Scientific memoirs by medical officers of the Army of India - Part VIII,
Year: 1894
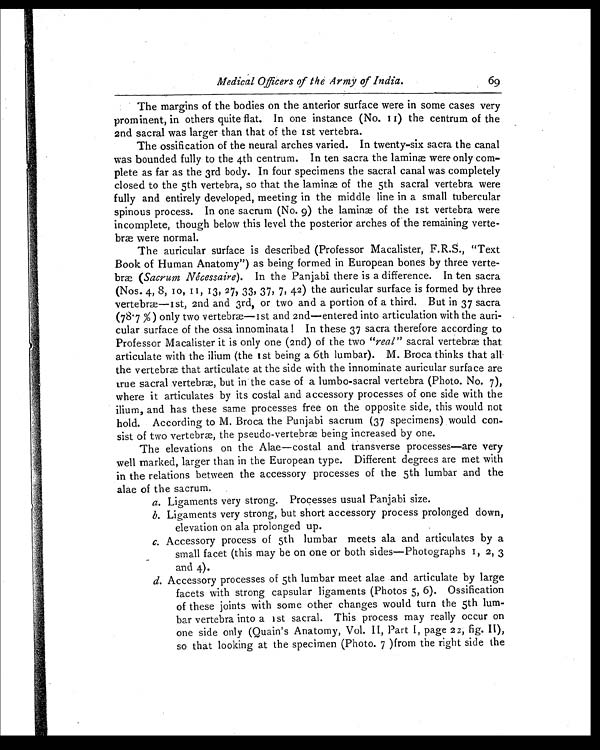
Medical Officers of Me Army of India.
69
The margins of the bodies on the anterior surface were in some cases very
prominent, in others quite flat. In one instance (No. 11) the centrum of the
2nd sacral was larger than that of the 1st vertebra.
The ossification of the neural arches varied. In twenty-six sacra the canal
was bounded fully to the 4th centrum. In ten sacra the laminæ were only com-
plete as far as the 3rd body. In four specimens the sacral canal was completely
closed to the 5th vertebra, so that the laminæ of the 5th sacral vertebra were
fully and entirely developed, meeting in the middle line in a small tubercular
spinous process. In one sacrum (No. 9) the laminæ of the 1st vertebra were
incomplete, though below this level the posterior arches of the remaining verte-
bræ were normal.
The auricular surface is described (Professor Macalister, F.R.S., "Text
Book of Human Anatomy") as being formed in European bones by three verte-
brae ( Sacrum Nécessaire ). In the Panjabi there is a difference. In ten sacra
(Nos. 4, 8, 10, 11, 13, 27, 33, 37, 7, 42) the auricular surface is formed by three
vertebræ—1st, 2nd and 3rd, or two and a portion of a third. But in 37 sacra
(78.7 %) only two vertebr—1st and 2nd—entered into articulation with the auri-
cular surface of the ossa innominata! In these 37 sacra therefore according to
Professor Macalister it is only one (2nd) of the two "real" sacral vertebræ that
articulate with the ilium (the 1st being a 6th lumbar). M. Broca thinks that all
the vertebræ that articulate at the side with the innominate auricular surface are
true sacral vertebrae, but in the case of a lumbo-sacral vertebra (Photo. No. 7),
where it articulates by its costal and accessory processes of one side with the
ilium, and has these same processes free on the opposite side, this would not
hold. According to M. Broca the Punjabi sacrum (37 specimens) would con-
sist of two vertebræ, the pseudo-vertebrae being increased by one.
The elevations on the Alae—costal and transverse processes—are very
well marked, larger than in the European type. Different degrees are met with
in the relations between the accessory processes of the 5th lumbar and the
alae of the sacrum.
a. Ligaments very strong. Processes usual Panjabi size.
b. Ligaments very strong, but short accessory process prolonged down,
elevation on ala prolonged up.
c. Accessory process of 5th lumbar meets ala and articulates by a
small facet (this may be on one or both sides—Photographs 1, 2, 3
and 4).
d. Accessory processes of 5th lumbar meet alae and articulate by large
facets with strong capsular ligaments (Photos 5, 6). Ossification
of these joints with some other changes would turn the 5th lum-
bar vertebra into a 1st sacral. This process may really occur on
one side only (Quain's Anatomy, Vol. II, Part I, page 22, fig. II),
so that looking at the specimen (Photo. 7)from the right side the